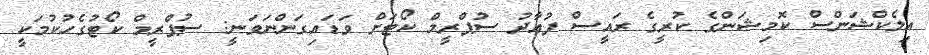
އިލެކްޝަންސް ކޮމިޝަންގެ ކުރީގެ ރައީސް ފުއާދު ސުޕްރީމް ކޯޓަށް ވަޑައިގަންނަވަނީ: ސުޕްރީމް ކޯޓުގެހުކުމަކީ